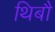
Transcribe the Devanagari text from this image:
थिबौ